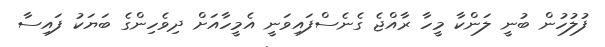
ފުލުހުން ބުނީ ލަންކާ މީހާ ރާއްޖެ ގެނެސްފައިވަނީ އެމީހާއަށް ދިވެހިންގެ ބަޔަކު ފައިސާ